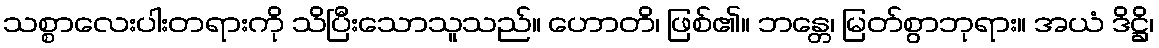
သစ္စာလေးပါးတရားကို သိပြီးသောသူသည်။ ဟောတိ၊ ဖြစ်၏။ ဘန္တေ၊ မြတ်စွာဘုရား။ အယံ ဒိဋ္ဌိ၊